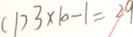
( 1 ) 3 \times 1 0 - 1 = 2 9